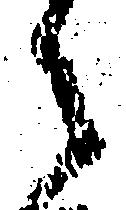
之